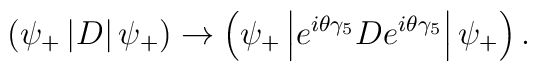
\left( \psi _{+}\left| D\right| \psi _{+}\right) \rightarrow \left( \psi_{+}\left| e^{i\theta \gamma _{5}}De^{i\theta \gamma _{5}}\right| \psi_{+}\right) .